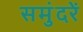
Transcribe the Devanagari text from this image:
समुंदरें